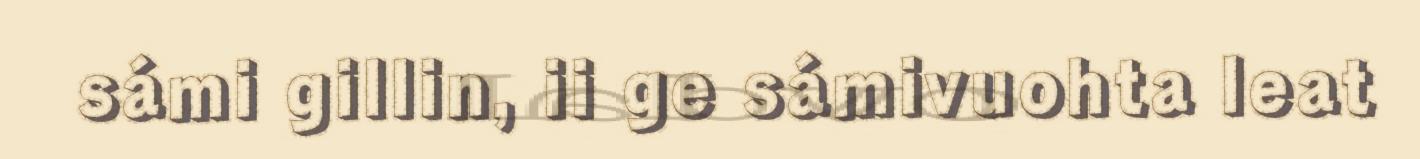
sámi gillin, ii ge sámivuohta leat